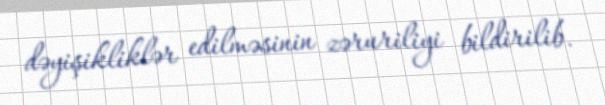
dəyişikliklər edilməsinin zəruriliyi bildirilib.